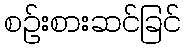
စဉ်းစားဆင်ခြင်